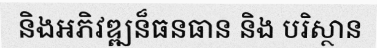
និងអភិវឌ្ឍន៏ធនធាន និង បរិស្ថាន